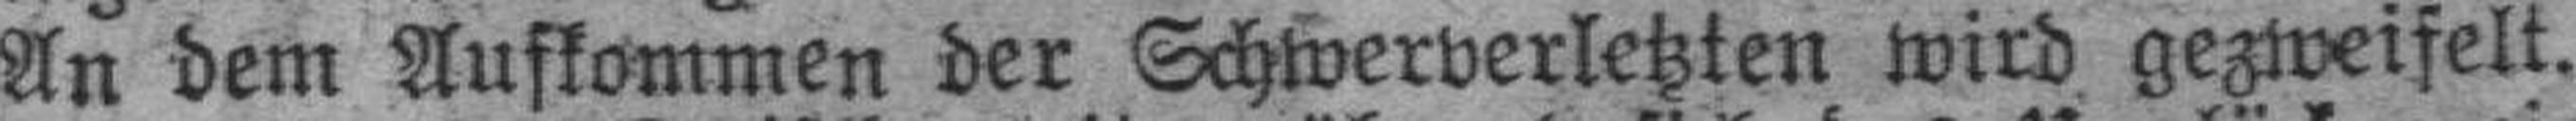
An dem Aufkommen der Schwerverletzten wird gezweifelt.